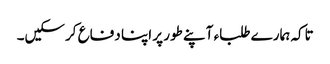
تاکہ ہمارے طلباء آپنے طور پر اپنا دفاع کرسکیں۔